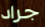
جراد